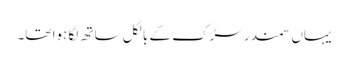
یہاں سمندر سڑک کے بالکل ساتھ لگا ہوا تھا۔